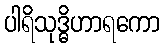
ပါရိသုဒ္ဓိဟာရကော